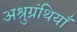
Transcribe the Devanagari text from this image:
अश्रुग्रंथियाँ